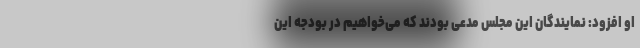
او افزود: نمایندگان این مجلس مدعی بودند که می‌‌خواهیم در بودجه این